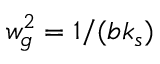
w _ { g } ^ { 2 } = 1 / ( b k _ { s } )